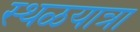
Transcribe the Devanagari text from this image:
स्थळयात्रा